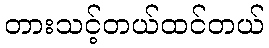
တားသင့်တယ်ထင်တယ်